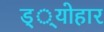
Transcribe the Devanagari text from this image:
ड््योहार